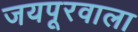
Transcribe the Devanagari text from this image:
जयपूरवाला